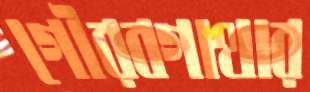
গৌরবগাথার